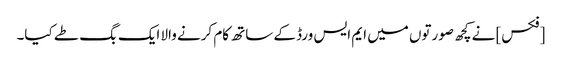
[فکس] نے کچھ صورتوں میں ایم ایس ورڈ کے ساتھ کام کرنے والا ایک بگ طے کیا۔